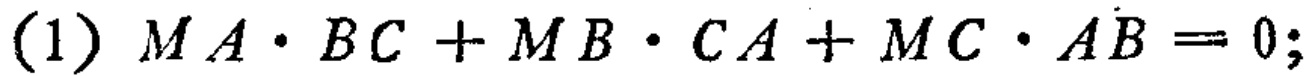
(1) \(MA\cdot BC + MB\cdot CA+MC\cdot AB = 0;\)